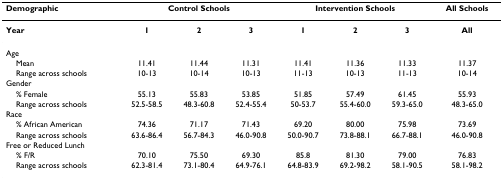
<table><thead><tr><td><b>Demographic</b></td><td colspan="3"><b>Control Schools</b></td><td colspan="3"><b>Intervention Schools</b></td><td><b>All Schools</b></td></tr></thead><tbody><tr><td><b>Year</b></td><td><b>1</b></td><td><b>2</b></td><td><b>3</b></td><td><b>1</b></td><td><b>2</b></td><td><b>3</b></td><td><b>All</b></td></tr><tr><td>Age</td><td></td><td></td><td></td><td></td><td></td><td></td><td></td></tr><tr><td> Mean</td><td>11.41</td><td>11.44</td><td>11.31</td><td>11.41</td><td>11.36</td><td>11.33</td><td>11.37</td></tr><tr><td> Range across schools</td><td>10-13</td><td>10-14</td><td>10-13</td><td>11-13</td><td>10-13</td><td>11-13</td><td>10-14</td></tr><tr><td>Gender</td><td></td><td></td><td></td><td></td><td></td><td></td><td></td></tr><tr><td> % Female</td><td>55.13</td><td>55.83</td><td>53.85</td><td>51.85</td><td>57.49</td><td>61.45</td><td>55.93</td></tr><tr><td> Range across schools</td><td>52.5-58.5</td><td>48.3-60.8</td><td>52.4-55.4</td><td>50-53.7</td><td>55.4-60.0</td><td>59.3-65.0</td><td>48.3-65.0</td></tr><tr><td>Race</td><td></td><td></td><td></td><td></td><td></td><td></td><td></td></tr><tr><td> % African American</td><td>74.36</td><td>71.17</td><td>71.43</td><td>69.20</td><td>80.00</td><td>75.98</td><td>73.69</td></tr><tr><td> Range across schools</td><td>63.6-86.4</td><td>56.7-84.3</td><td>46.0-90.8</td><td>50.0-90.7</td><td>73.8-88.1</td><td>66.7-88.1</td><td>46.0-90.8</td></tr><tr><td>Free or Reduced Lunch</td><td></td><td></td><td></td><td></td><td></td><td></td><td></td></tr><tr><td> % F/R</td><td>70.10</td><td>75.50</td><td>69.30</td><td>85.8</td><td>81.30</td><td>79.00</td><td>76.83</td></tr><tr><td> Range across schools</td><td>62.3-81.4</td><td>73.1-80.4</td><td>64.9-76.1</td><td>64.8-83.9</td><td>69.2-98.2</td><td>58.1-90.5</td><td>58.1-98.2</td></tr></tbody></table>